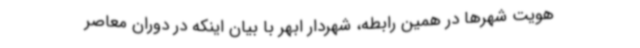
هویت شهرها در همین رابطه، شهردار ابهر با بیان اینکه در دوران معاصر